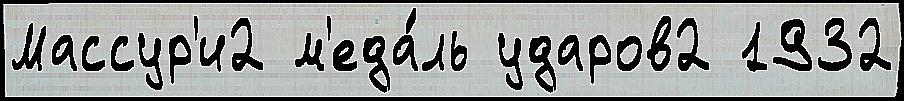
Массур'и2 м'еда́ль ударов2 1932